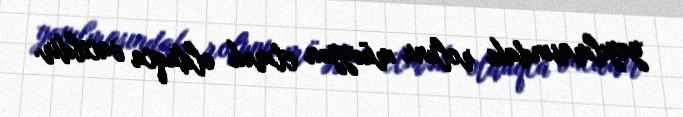
yayılmasındakı rolunu müəyyən etmək olduqca vacibdir.